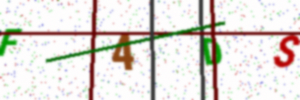
Text: F4DS